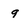
Character: 9